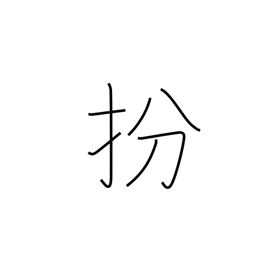
Meaning: disguise